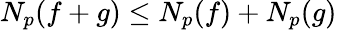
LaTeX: N_{p}(f+g)\leq N_{p}(f)+N_{p}(g)